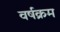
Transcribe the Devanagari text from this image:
वर्षक्रम